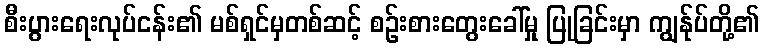
စီးပွားရေးလုပ်ငန်း၏ မစ်ရှင်မှတစ်ဆင့် စဉ်းစားတွေးခေါ်မှု ပြုခြင်းမှာ ကျွန်ုပ်တို့၏